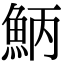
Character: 𩶁